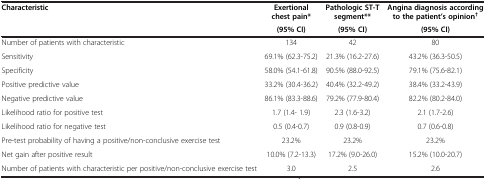
<table><thead><tr><td rowspan="2"><b>Characteristic</b></td><td><b>Exertional chest pain*</b></td><td><b>Pathologic ST-T segment**</b></td><td><b>Angina diagnosis according to the patient’s opinion<sup>†</sup></b></td></tr><tr><td><b>(95% CI)</b></td><td><b>(95% CI)</b></td><td><b>(95% CI)</b></td></tr></thead><tbody><tr><td>Number of patients with characteristic</td><td>134</td><td>42</td><td>80</td></tr><tr><td>Sensitivity</td><td>69.1% (62.3-75.2)</td><td>21.3% (16.2-27.6)</td><td>43.2% (36.3-50.5)</td></tr><tr><td>Specificity</td><td>58.0% (54.1-61.8)</td><td>90.5% (88.0-92.5)</td><td>79.1% (75.6-82.1)</td></tr><tr><td>Positive predictive value</td><td>33.2% (30.4-36.2)</td><td>40.4% (32.2-49.2)</td><td>38.4% (33.2-43.9)</td></tr><tr><td>Negative predictive value</td><td>86.1% (83.3-88.6)</td><td>79.2% (77.9-80.4)</td><td>82.2% (80.2-84.0)</td></tr><tr><td>Likelihood ratio for positive test</td><td>1.7 (1.4- 1.9)</td><td>2.3 (1.6-3.2)</td><td>2.1 (1.7-2.6)</td></tr><tr><td>Likelihood ratio for negative test</td><td>0.5 (0.4-0.7)</td><td>0.9 (0.8-0.9)</td><td>0.7 (0.6-0.8)</td></tr><tr><td>Pre-test probability of having a positive/non-conclusive exercise test</td><td>23.2%</td><td>23.2%</td><td>23.2%</td></tr><tr><td>Net gain after positive result</td><td>10.0% (7.2-13.3)</td><td>17.2% (9.0-26.0)</td><td>15.2% (10.0-20.7)</td></tr><tr><td>Number of patients with characteristic per positive/non-conclusive exercise test</td><td>3.0</td><td>2.5</td><td>2.6</td></tr></tbody></table>